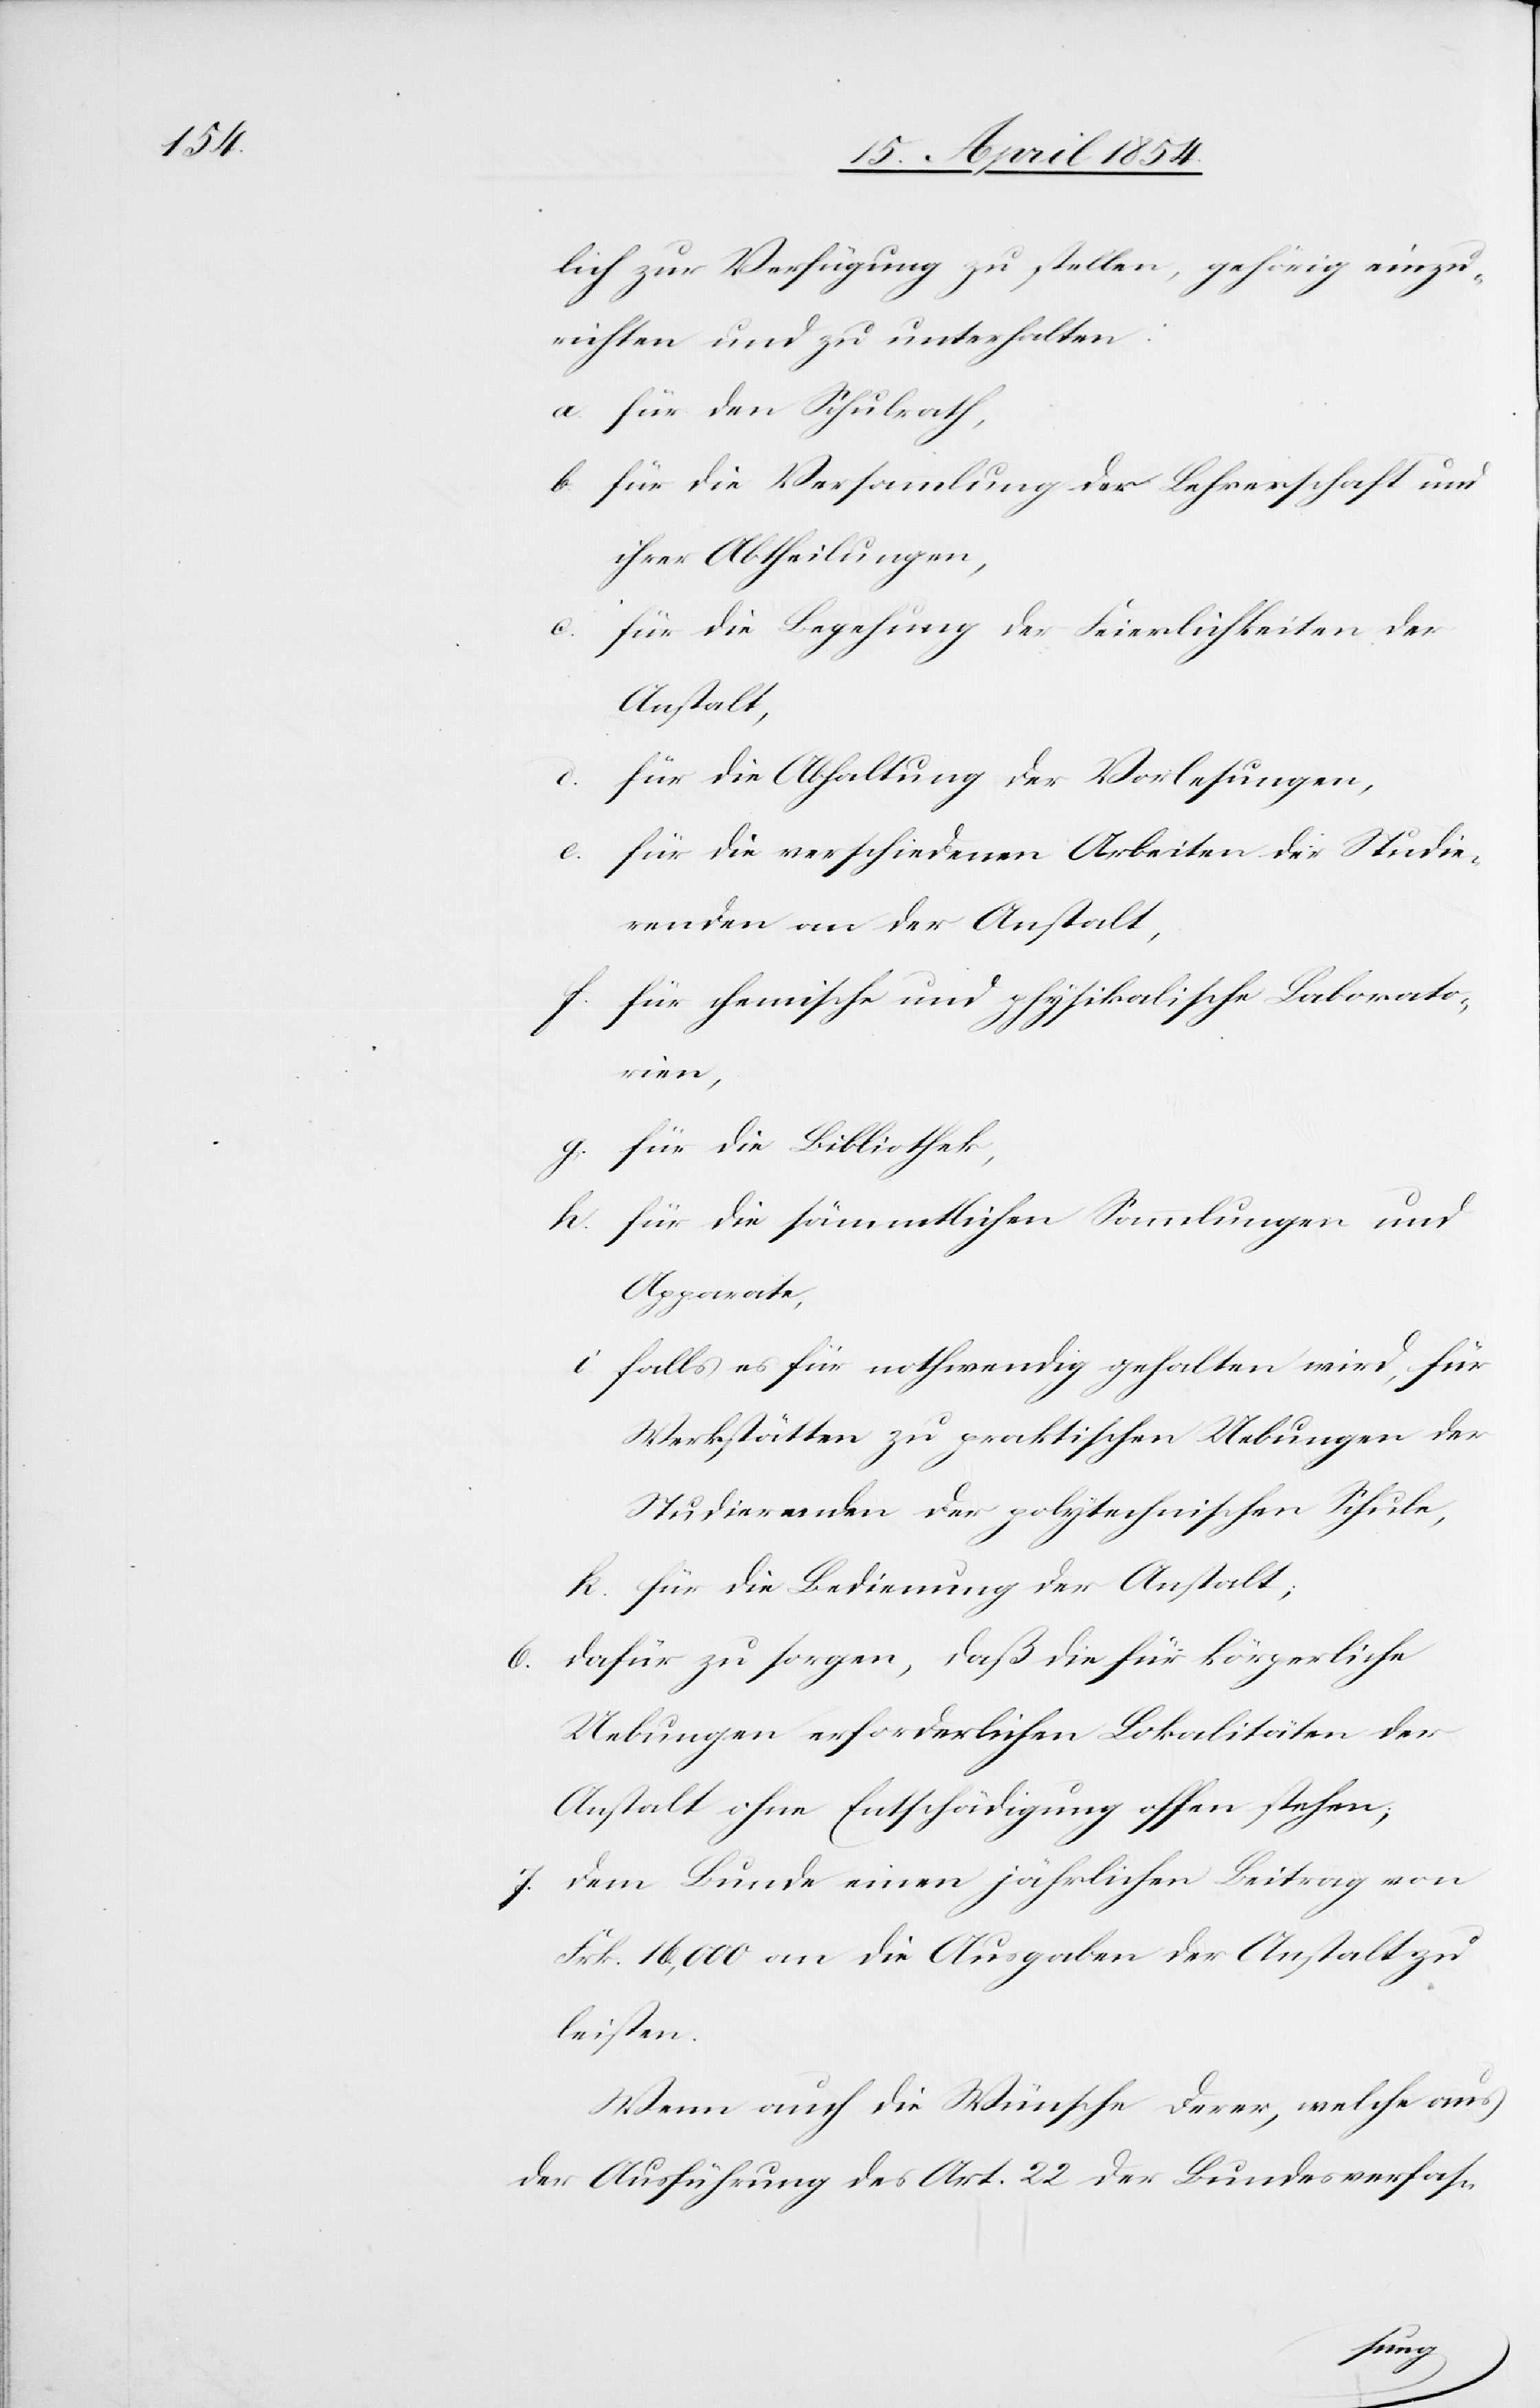
lich zur Verfügung zu stellen, gehörig einzu¬
richten und zu unterhalten:
a. für den Schulrath,
b. für die Versammlung der Lehrerschaft und
ihrer Abtheilungen,
c. für die Begehung der Feierlichkeiten der
Anstalt,
für die Abthaltung der Vorlesungen,
e. für die verschiedenen Arbeiten der Studie¬
renden an der Anstalt,
f. für chemische und physikalische Laborato¬
rien,
g. für die Bibliothek,
h. für die sämmtlichen Sammlungen und
Apparate,
i. falls es für nothwendig gehalten wird, für
Werkstätten zu praktischen Uebungen der
Studierenden der polytechnischen Schule,
k. für die Bedienung der Anstalt;
6. dafür zu sorgen, daß die für körperliche
Uebungen erforderlichen Lokalitäten der
Anstalt ohne Entschädigung offen stehen;
7. dem Bunde einen jährlichen Beitrag von
Frk. 16,000 an die Ausgaben der Anstalt zu
leisten.
Wenn auch die Wünsche derer, welche aus
der Ausführung des Art. 22 der Bundesverfas-